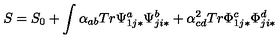
S = S _ { 0 } + \int \alpha _ { a b } T r \Psi _ { 1 j * } ^ { a } \Psi _ { j i * } ^ { b } + \alpha _ { c d } ^ { 2 } T r \Phi _ { 1 j * } ^ { c } \Phi _ { j i * } ^ { d }